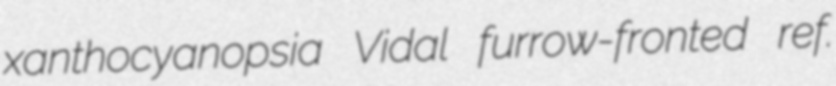
xanthocyanopsia Vidal furrow-fronted ref.